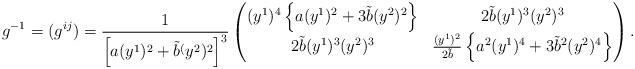
LaTeX: \begin{align*}g^{-1}= (g^{ij})= \frac{1}{\left[ a(y^1)^2+\tilde{b}^(y^2)^2\right]^3 } \begin{pmatrix} (y^1)^4\left\lbrace a (y^1)^2+3\tilde{b}(y^2)^2\right\rbrace & 2\tilde{b}(y^1)^3 (y^2)^3 \\ 2\tilde{b}(y^1)^3 (y^2)^3 &\frac{(y^1)^2 }{2\tilde{b}}\left\lbrace a^2(y^1)^4+3\tilde{b}^2(y^2)^4\right\rbrace \\ \end{pmatrix}. \end{align*}